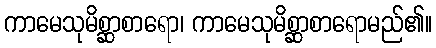
ကာမေသုမိစ္ဆာစာရော၊ ကာမေသုမိစ္ဆာစာရောမည်၏။